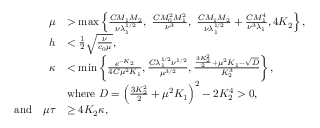
\begin{array} { r l } { \mu } & { > \operatorname* { m a x } \left\{ \frac { C M _ { 1 } M _ { 2 } } { \nu \lambda _ { 1 } ^ { 1 / 2 } } , \, \, \frac { C M _ { 0 } ^ { 2 } M _ { 1 } ^ { 2 } } { \nu ^ { 3 } } , \, \, \frac { C M _ { 1 } M _ { 2 } } { \nu \lambda _ { 1 } ^ { 1 / 2 } } + \frac { C M _ { 1 } ^ { 4 } } { \nu ^ { 3 } \lambda _ { 1 } } , 4 K _ { 2 } \right\} , } \\ { h } & { < \frac { 1 } { 2 } \sqrt { \frac { \nu } { c _ { 0 } \mu } } , } \\ { \kappa } & { < \operatorname* { m i n } \left\{ \frac { e ^ { - K _ { 2 } } } { 4 C \mu ^ { 2 } K _ { 1 } } , \frac { C \lambda _ { 1 } ^ { 1 / 2 } \nu ^ { 1 / 2 } } { \mu ^ { 3 / 2 } } , \frac { \frac { 3 K _ { 2 } ^ { 2 } } { 2 } + \mu ^ { 2 } K _ { 1 } - \sqrt { D } } { K _ { 2 } ^ { 3 } } \right\} , } \\ & { \mathrm { w h e r e } \, \, D = \Big ( \frac { 3 K _ { 2 } ^ { 2 } } { 2 } + \mu ^ { 2 } K _ { 1 } \Big ) ^ { 2 } - 2 K _ { 2 } ^ { 4 } > 0 , } \\ { \mathrm { a n d } \quad \mu \tau } & { \geq 4 K _ { 2 } \kappa , } \end{array}